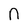
Character: N